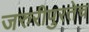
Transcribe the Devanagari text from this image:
जरुरीपुरतेच